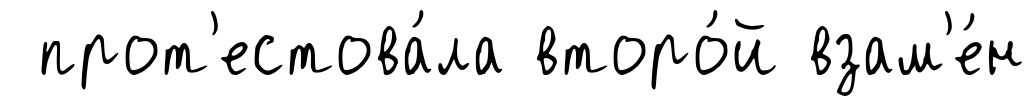
прот'естова́ла второ́й взам'е́н